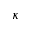
\boldsymbol { \kappa }